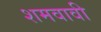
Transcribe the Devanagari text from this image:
शमवावी